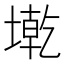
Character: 墘